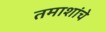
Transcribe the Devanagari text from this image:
तमाशांचे